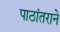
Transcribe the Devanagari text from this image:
पाठांतराने